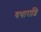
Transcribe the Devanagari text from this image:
यथाराशि